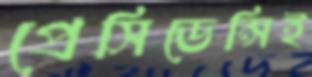
প্রেসিডেন্সিই